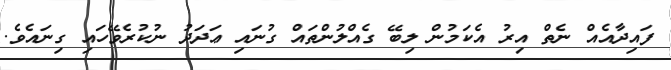
ފައިދާއެއް ނެތް އިރު އެކަމުން ލިބޭ ގެއްލުންތައް ގުނައި ޢަދަދު ނުކުރެވޭހައި ގިނައެވެ.